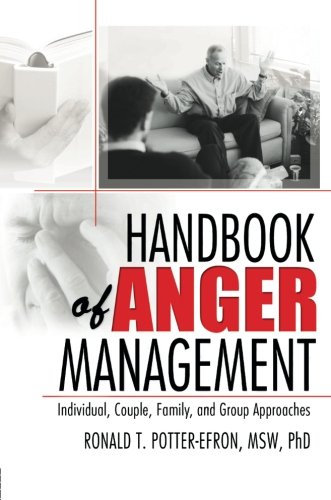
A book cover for Handbook of Anger Management: Individual, Couple, Family, and Group Approaches (Haworth Handbook Series in Psychotherapy); Ronald T. Potter-Efron; Self-Help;